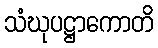
သံဃုပဋ္ဌာကောတိ